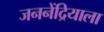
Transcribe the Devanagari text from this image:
जननेंद्रियाला